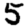
Digit: 5